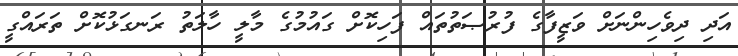
އަދި ދިވެހިންނަށް ވަޒީފާގެ ފުރުޞަތުތައް ފަހިކޮށް ގައުމުގެ މާލީ ހާލަތު ރަނގަޅުކޮށް ތަރައްގީ